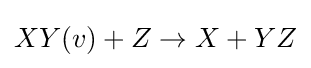
XY(v)+Z\rightarrow X+YZ